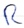
Text: R